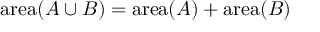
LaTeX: \operatorname { a r e a } ( A \cup B ) = \operatorname { a r e a } ( A ) + \operatorname { a r e a } ( B )